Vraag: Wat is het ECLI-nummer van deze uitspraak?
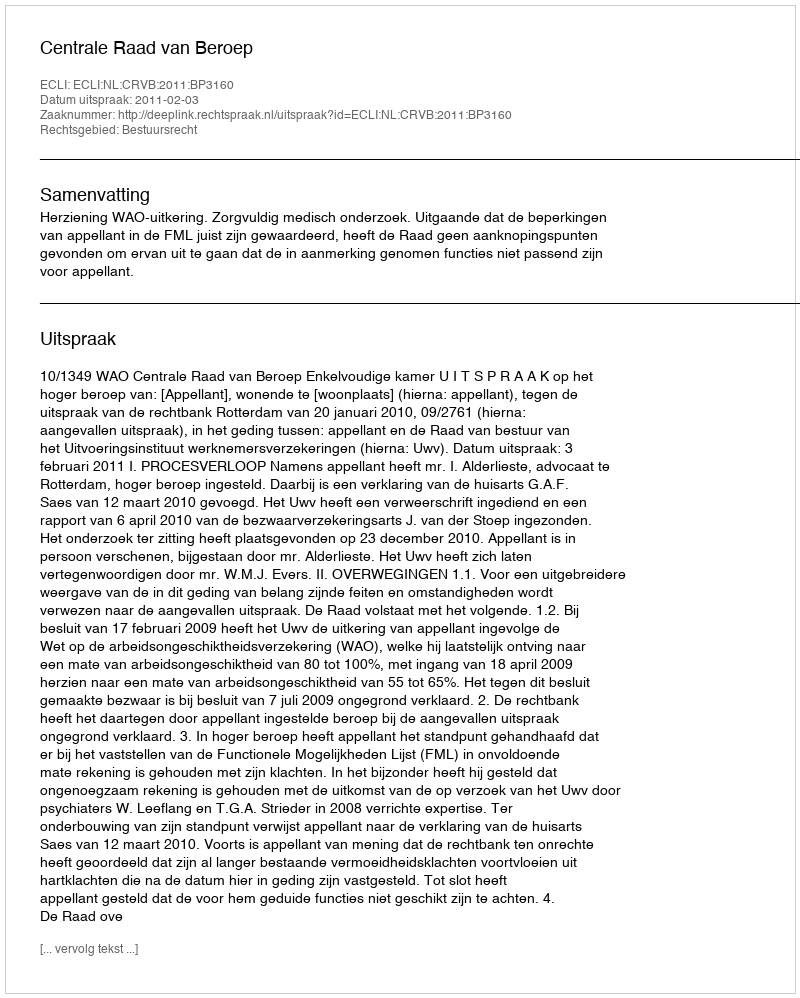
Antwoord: ECLI:NL:CRVB:2011:BP3160